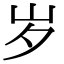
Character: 岁